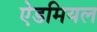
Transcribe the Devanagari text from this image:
ऐडमियल